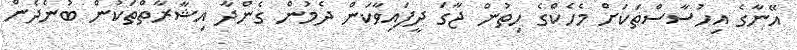
އޭނާގެ އިހުސާސްތަކަށް މެހެކްގެ ހިތުން ޖާގަ ދީފައިވާކަން ދެމުން ގެންދާ އިޝާރާތްތަކުން ބުނެދެން